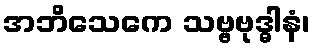
အဘိသေကေ သဗ္ဗဗုဒ္ဓါနံ၊